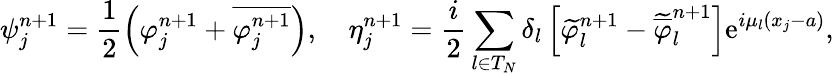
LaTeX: \psi_{j}^{n+1}=\frac{1}{2}\left(\varphi_{j}^{n+1}+\overline{{\varphi_{j}^{n+1}}}\right),\quad\eta_{j}^{n+1}=\frac{i}{2}\sum_{l\in{T}_{N}}\delta_{l}\left[\widetilde{\varphi}_{l}^{n+1}-\widetilde{\overline{{\varphi}}}_{l}^{n+1}\right]\textrm{e}^{i\mu_{l}(x_{j}-a)},